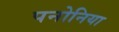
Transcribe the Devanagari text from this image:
पनोनिया